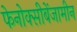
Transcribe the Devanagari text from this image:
फेनोक्सीबेंजामीन